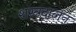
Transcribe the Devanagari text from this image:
शस्त्रदालन